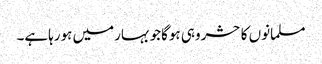
مسلمانوں کاحشروہی ہوگاجوبہارمیں ہورہاہے۔